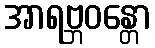
အာရဗ္ဘဝန္တော